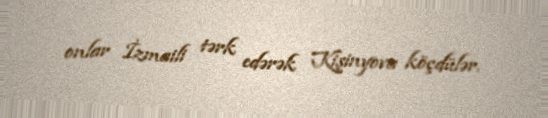
onlar İzmaili tərk edərək Kişinyova köçdülər.